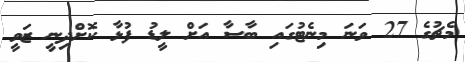
މެޗުގެ 27 ވަނަ މިނެޓުގައި ބާސާ އަށް ލީޑު ފުޅާ ކޮށްދިނީ ޒަވީ